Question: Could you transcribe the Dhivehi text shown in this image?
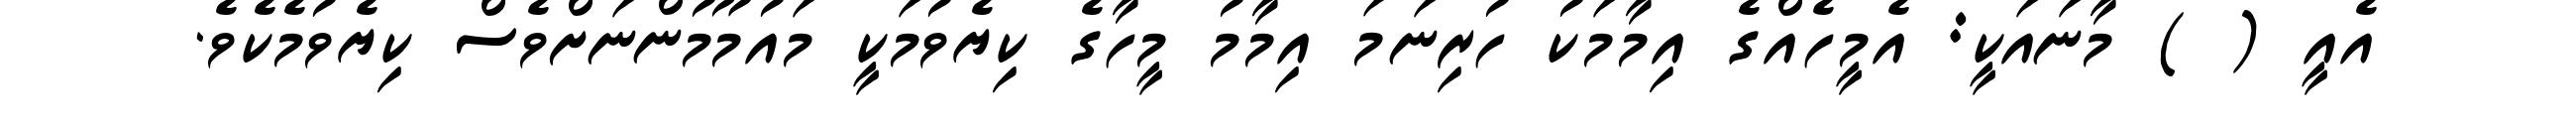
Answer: އެއީ ( ) މާނައަކީ: އެމީހެއްގެ އިމާމަކު ހުރިނަމަ އިމާމު މީހާގެ ކިޔެވުމަކީ މައުމޫމުންނަށްވެސް ކިޔެވުމެކެވެ.